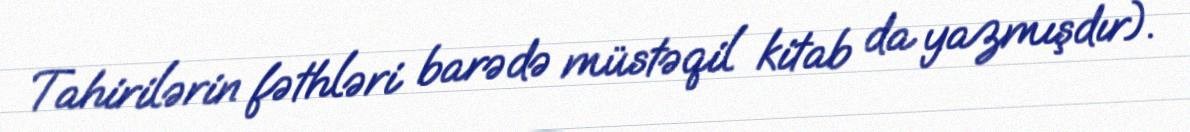
Tahirilərin fəthləri barədə müstəqil kitab da yazmışdır).